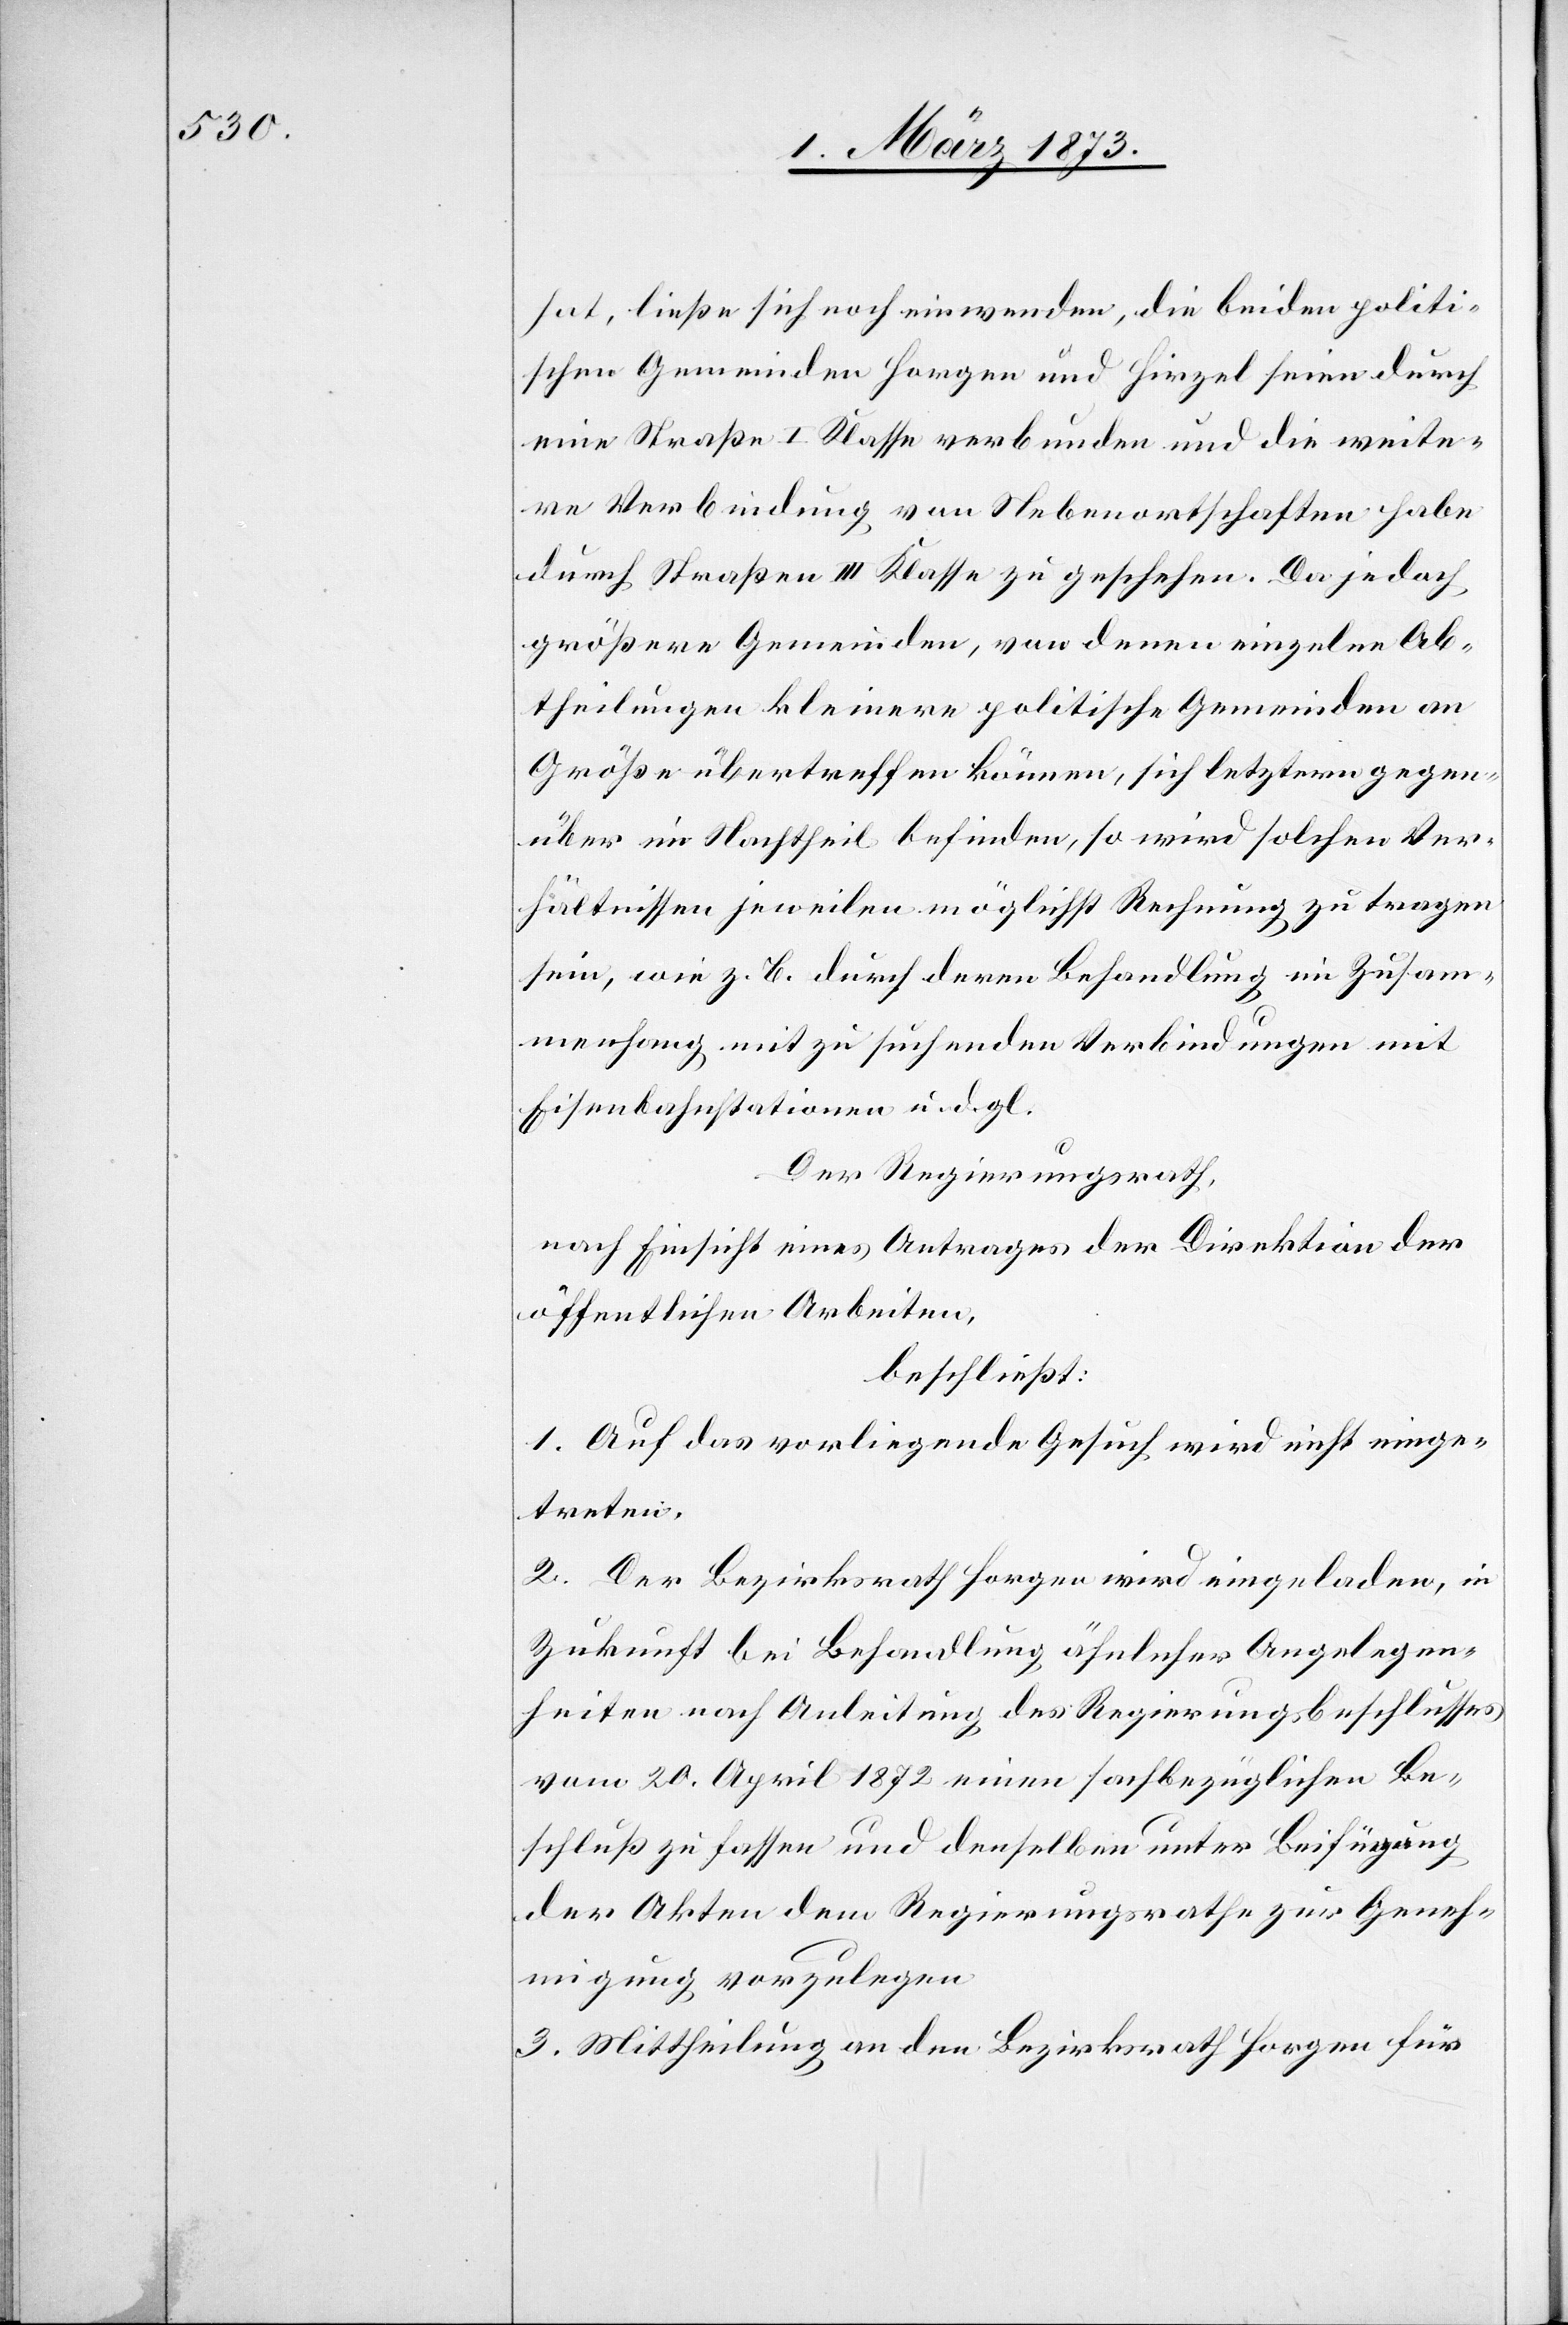
hat, ließe sich noch einwenden, die beiden politi¬
schen Gemeinden Horgen und Hirzel seien durch
eine Straße I. Klasse verbunden und die weite¬
re Verbindung von Nebenortschaften habe
durch Straßen III Klasse zu geschehen. Da jedoch
größere Gemeinden, von denen einzelne Ab¬
theilungen kleinere politische Gemeinden an
Größe übertreffen können, sich letztere gegen¬
über im Nachtheil befinden, so wird solchen Ver¬
hältnissen jeweilen möglichst Rechnung zu tragen
sein, wie z. B. durch deren Behandlung im Zusam¬
menhang mit zu suchenden Verbindungen mit
Eisenbahnstationen u. d. gl.
Der Regierungsrath,
nach Einsicht eines Antrages der Direktion der
öffentlichen Arbeiten,
beschließt:
1. Auf das vorliegende Gesuch wird nicht einge¬
treten.
2. Der Bezirksrath Horgen wird eingeladen, in
Zukunft bei Behandlung ähnlicher Angelegen¬
heiten nach Anleitung des Regierungsbeschlusses
vom 20. April 1872 einen sachbezüglichen Be¬
schluß zu fassen und denselben unter Beifügung
der Akten dem Regierungsrathe zur Geneh¬
migung vorzulegen
3. Mittheilung an den Bezirksrath Horgen für